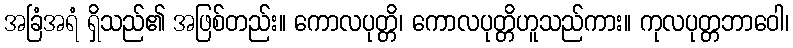
အခြံအရံ ရှိသည်၏ အဖြစ်တည်း။ ကောလပုတ္တိ၊ ကောလပုတ္တိဟူသည်ကား။ ကုလပုတ္တဘာဝေါ၊